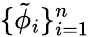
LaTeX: \{ \tilde{\phi}_{i}\} _{i=1}^{n}